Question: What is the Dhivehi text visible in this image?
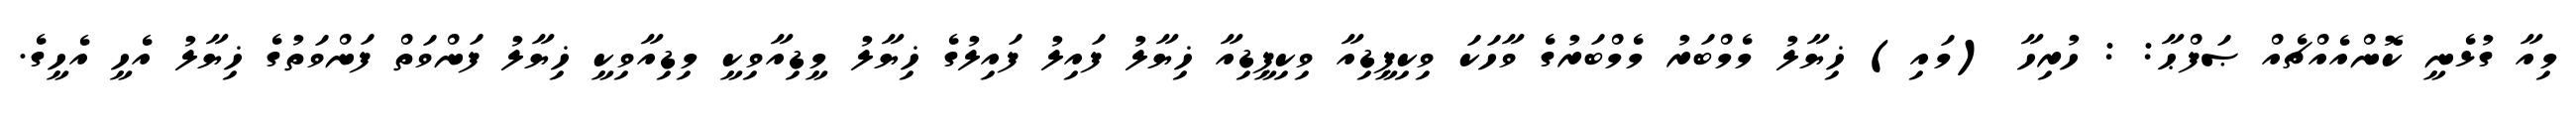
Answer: މިއާ ގުޅެނީ ކޮންއެއްޗެއް ޞަފްޙާ: : ހުރިހާ (މައި) ޚިޔާލު މެމްބަރު މެމްބަރުގެ ވާހަކަ ވިކިޕީޑިއާ ވިކިޕީޑިއާ ޚިޔާލު ފައިލު ފައިލުގެ ޚިޔާލު މީޑިއާވިކީ މިޑިއާވިކީ ޚިޔާލު ފަންވަތް ފަންވަތުގެ ޚިޔާލު އެހީ އެހީގެ.